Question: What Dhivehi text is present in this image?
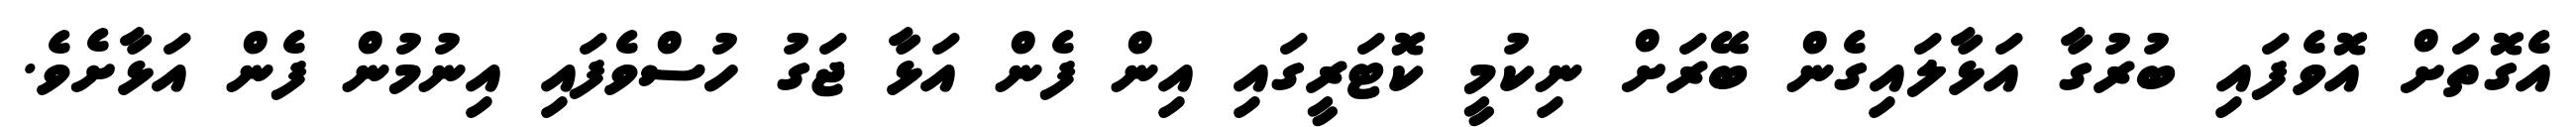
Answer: އެގޮތަށް އޮވެފައި ބުރުގާ އަޅާލައިގެން ބޭރަށް ނިކުމީ ކޮޓަރީގައި އިން ފެން އަޅާ ޖަގު ހުސްވެފައި އިނުމުން ފެން އަޅާށެވެ.